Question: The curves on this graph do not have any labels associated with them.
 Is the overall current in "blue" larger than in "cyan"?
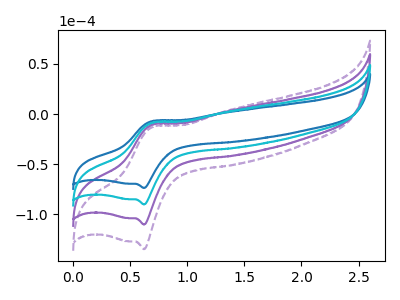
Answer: <think>The purple dashed curve "purple dashed" has an anodic peak at (0.70V, -25.35uA) and a cathodic peak at (0.60V, -270.25uA). The purple curve "purple" has an anodic peak at (0.70V, -16.90uA) and a cathodic peak at (0.60V, -180.15uA). The blue curve "blue" has an anodic peak at (0.70V, -6.90uA) and a cathodic peak at (0.60V, -73.70uA). The cyan curve "cyan" has an anodic peak at (0.70V, -8.45uA) and a cathodic peak at (0.60V, -90.10uA).
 All the peaks in "blue" have a peak in "cyan" at the same potential.</think>
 <answer>I cant tell if "blue" or "cyan" has more signal.</answer>
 <eval>mixed_signal</eval>